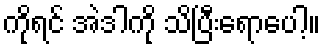
ကိုရင် အဲဒါကို သိပြီးရောပေါ့။